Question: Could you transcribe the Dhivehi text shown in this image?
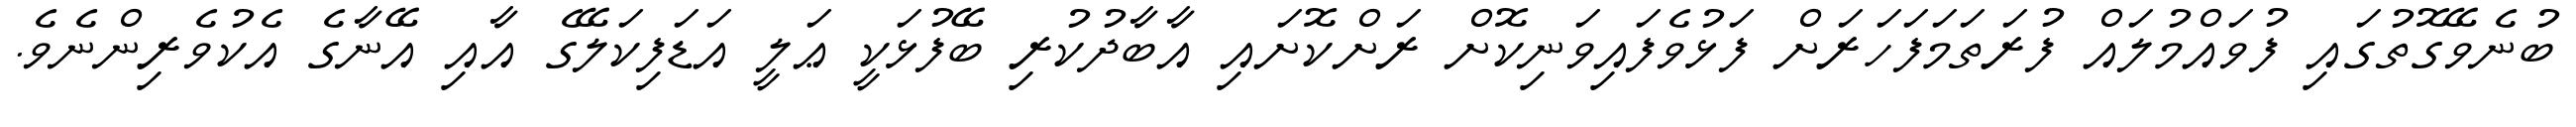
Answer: ބުނެވޭގޮތުގައި ފުވައްމުލައް ފުރަތަމަފަހަރަށް ފަޅުވެފައިވަނިކޮށް ރަށްކޮށައި އާބާދުކުރި ބޭފުޅަކީ ޢަލީ އަޑަފިކަލޭގެ އާއި އޭނާގެ އެކުވެރިންނެވެ.